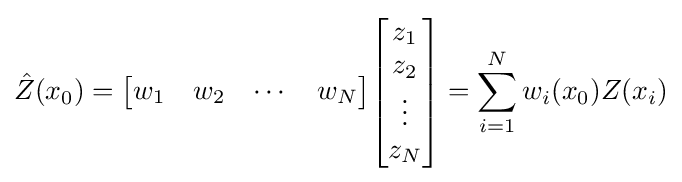
{\hat {Z}}(x_{0})={\begin{bmatrix}w_{1}&w_{2}&\cdots &w_{N}\end{bmatrix}}{\begin{bmatrix}z_{1}\\z_{2}\\\vdots \\z_{N}\end{bmatrix}}=\sum _{i=1}^{N}w_{i}(x_{0})Z(x_{i})